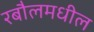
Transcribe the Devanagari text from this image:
रबौलमधील